Annual report of the Punjab Veterinary College and of the Civil Veterinary Department, Punjab - 1909-1919
Year: 1909
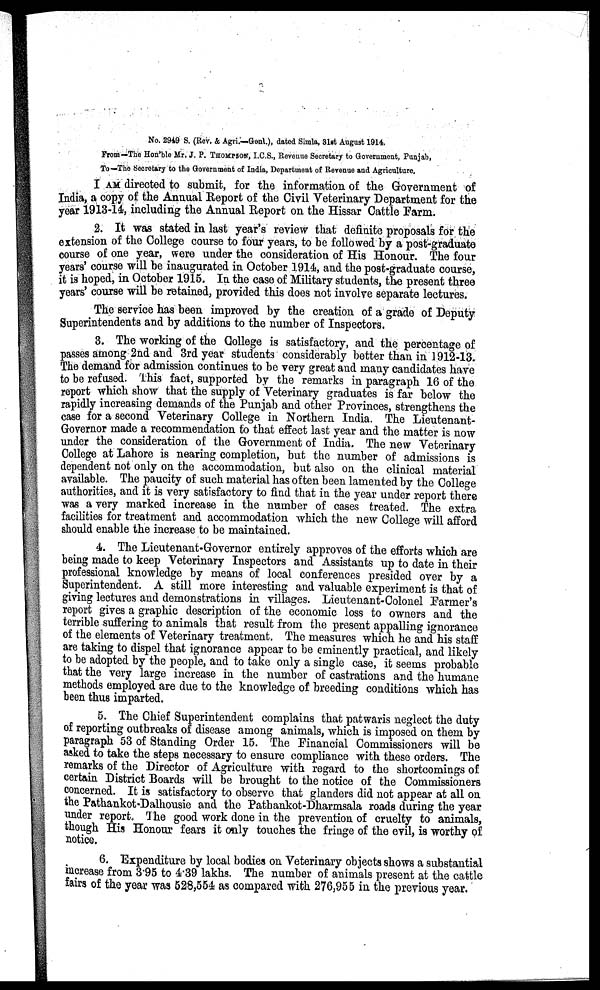
No. 2949 S. (Rev. & Agri.—Genl.), dated Simla, 31st August 1914.
From—The Hon'ble Mr. J. P. THOMPSON, I.C.S., Revenue Secretary to Government, Punjab,
To—The Secretary to the Government of India, Department of Revenue and Agriculture.
I AM directed to submit, for the information of the Government of
India, a copy of the Annual Report of the Civil Veterinary Department for the
year 1913-14, including the Annual Report on the Hissar Cattle Farm.
2. It was stated in last year's review that definite proposals for the
extension of the College course to four years, to be followed by a post-graduate
course of one year, were under the consideration of His Honour. The four
years' course will be inaugurated in October 1914, and the post-graduate course,
it is hoped, in October 1915. In the case of Military students, the present three
years' course will be retained, provided this does not involve separate lectures.
The service has been improved by the creation of a grade of Deputy
Superintendents and by additions to the number of Inspectors.
3. The working of the College is satisfactory, and the percentage of
passes among 2nd and 3rd year students considerably better than in 1912-13.
The demand for admission continues to be very great and many candidates have
to be refused. This fact, supported by the remarks in paragraph 16 of the
report which show that the supply of Veterinary graduates is far below the
rapidly increasing demands of the Punjab and other Provinces, strengthens the
case for a second Veterinary College in Northern India. The Lieutenant-
Governor made a recommendation to that effect last year and the matter is now
under the consideration of the Government of India. The new Veterinary
College at Lahore is nearing completion, but the number of admissions is
dependent not only on the accommodation, but also on the clinical material
available. The paucity of such material has often been lamented by the College
authorities, and it is very satisfactory to find that in the year under report there
was a very marked increase in the number of cases treated. The extra
facilities for treatment and accommodation which the new College will afford
should enable the increase to be maintained.
4. The Lieutenant-Governor entirely approves of the efforts which are
being made to keep Veterinary Inspectors and Assistants up to date in their
professional knowledge by means of local conferences presided over by a
Superintendent. A still more interesting and valuable experiment is that of
giving lectures and demonstrations in villages. Lieutenant-Colonel Farmer's
report gives a graphic description of the economic loss to owners and the
terrible suffering to animals that result from the present appalling ignorance
of the elements of Veterinary treatment. The measures which he and his staff
are taking to dispel that ignorance appear to be eminently practical, and likely
to be adopted by the people, and to take only a single case, it seems probable
that the very large increase in the number of castrations and the humane
methods employed are due to the knowledge of breeding conditions which has
been thus imparted.
5. The Chief Superintendent complains that patwaris neglect the duty
of reporting outbreaks of disease among animals, which is imposed on them by
paragraph 53 of Standing Order 15. The Financial Commissioners will be
asked to take the steps necessary to ensure compliance with these orders. The
remarks of the Director of Agriculture with regard to the shortcomings of
certain District Boards will be brought to the notice of the Commissioners
concerned. It is satisfactory to observe that glanders did not appear at all on
the Pathankot-Dalhousie and the Pathankot-Dharmsala roads during the year
under report. The good work done in the prevention of cruelty to animals,
though His Honour fears it only touches the fringe of the evil, is worthy of
notice.
6. Expenditure by local bodies on Veterinary objects shows a substantial
increase from 3.95 to 4.39 lakhs. The number of animals present at the cattle
fairs of the year was 528,554 as compared with 276,955 in the previous year.